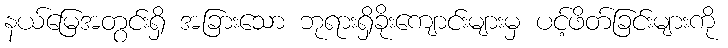
နယ်မြေအတွင်းရှိ အခြားသော ဘုရားရှိခိုးကျောင်းများမှ ပင့်ဖိတ်ခြင်းများကို